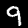
Digit: 9